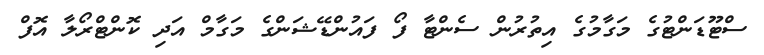
ސްޓޫޑަންޓުގެ މަގާމުގެ އިތުރުން ސެންޓާ ފޯ ފައުންޑޭޝަންގެ މަގާމް އަދި ކޮންޓްރޯލާ އޮފް